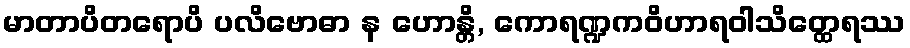
မာတာပိတရောပိ ပလိဗောဓာ န ဟောန္တိ, ကောရဏ္ဍကဝိဟာရဝါသိတ္ထေရဿ